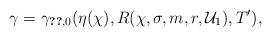
LaTeX: \begin{align*} \gamma = \gamma_{\ref{TheoremExistenceAndUniquenessOnDomain},0}(\eta(\chi), R(\chi, \sigma, m, r,\mathcal{U}_1),T'), \end{align*}